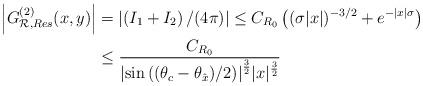
LaTeX: \begin{align*}\left\vert G^{(2)}_{\mathcal R,Res}(x,y)\right\vert &=\left\vert \left(I_1+I_2\right)/(4\pi)\right\vert\leq C_{R_0}\left((\sigma\vert x \vert)^{-3/2}+e^{-\vert x \vert\sigma}\right)\\&\leq\frac{C_{R_0}}{{{\left\vert \sin\left({(\theta_c-\theta_{\hat x})}/2\right)\right\vert}^{\frac 32}}\vert x \vert^{\frac 32}}\end{align*}